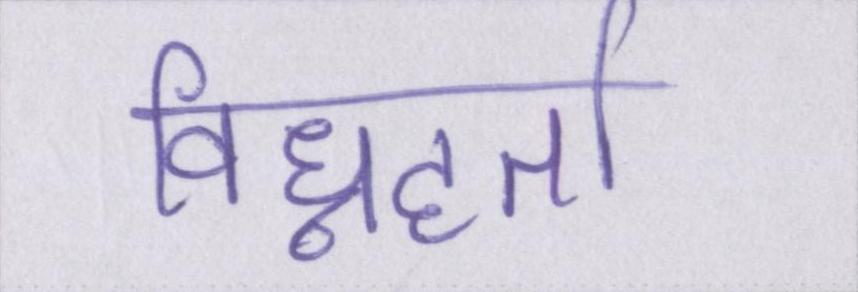
विघ्नहर्ता